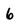
Character: 6